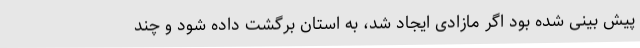
پیش بینی شده بود اگر مازادی ایجاد شد، به استان برگشت داده شود و چند